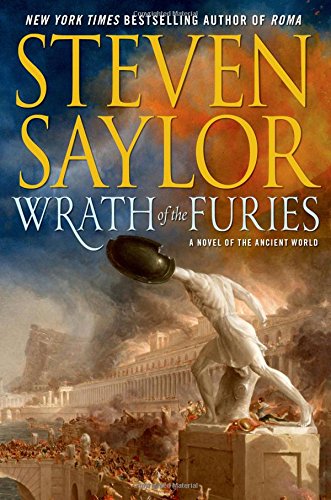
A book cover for Wrath of the Furies: A Novel of the Ancient World (Novels of Ancient Rome); Steven Saylor; Mystery, Thriller & Suspense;